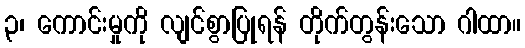
၃၊ ကောင်းမှုကို လျင်စွာပြုရန် တိုက်တွန်းသော ဂါထာ။